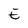
Character: E